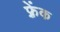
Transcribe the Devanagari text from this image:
फ़्रेंक